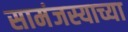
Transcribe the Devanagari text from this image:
सामंजस्याच्या